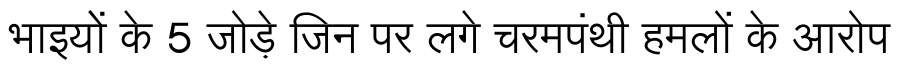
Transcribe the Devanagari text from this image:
भाइयोें के 5 जोड़े जिन पर लगे चरमपंथी हमलों के आरोप